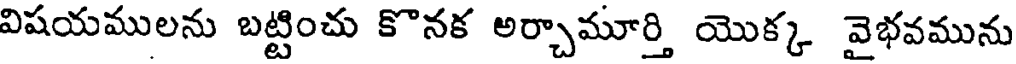
విషయములను బట్టించు కొనక అర్చామూర్తి యొక్క వైభవమును